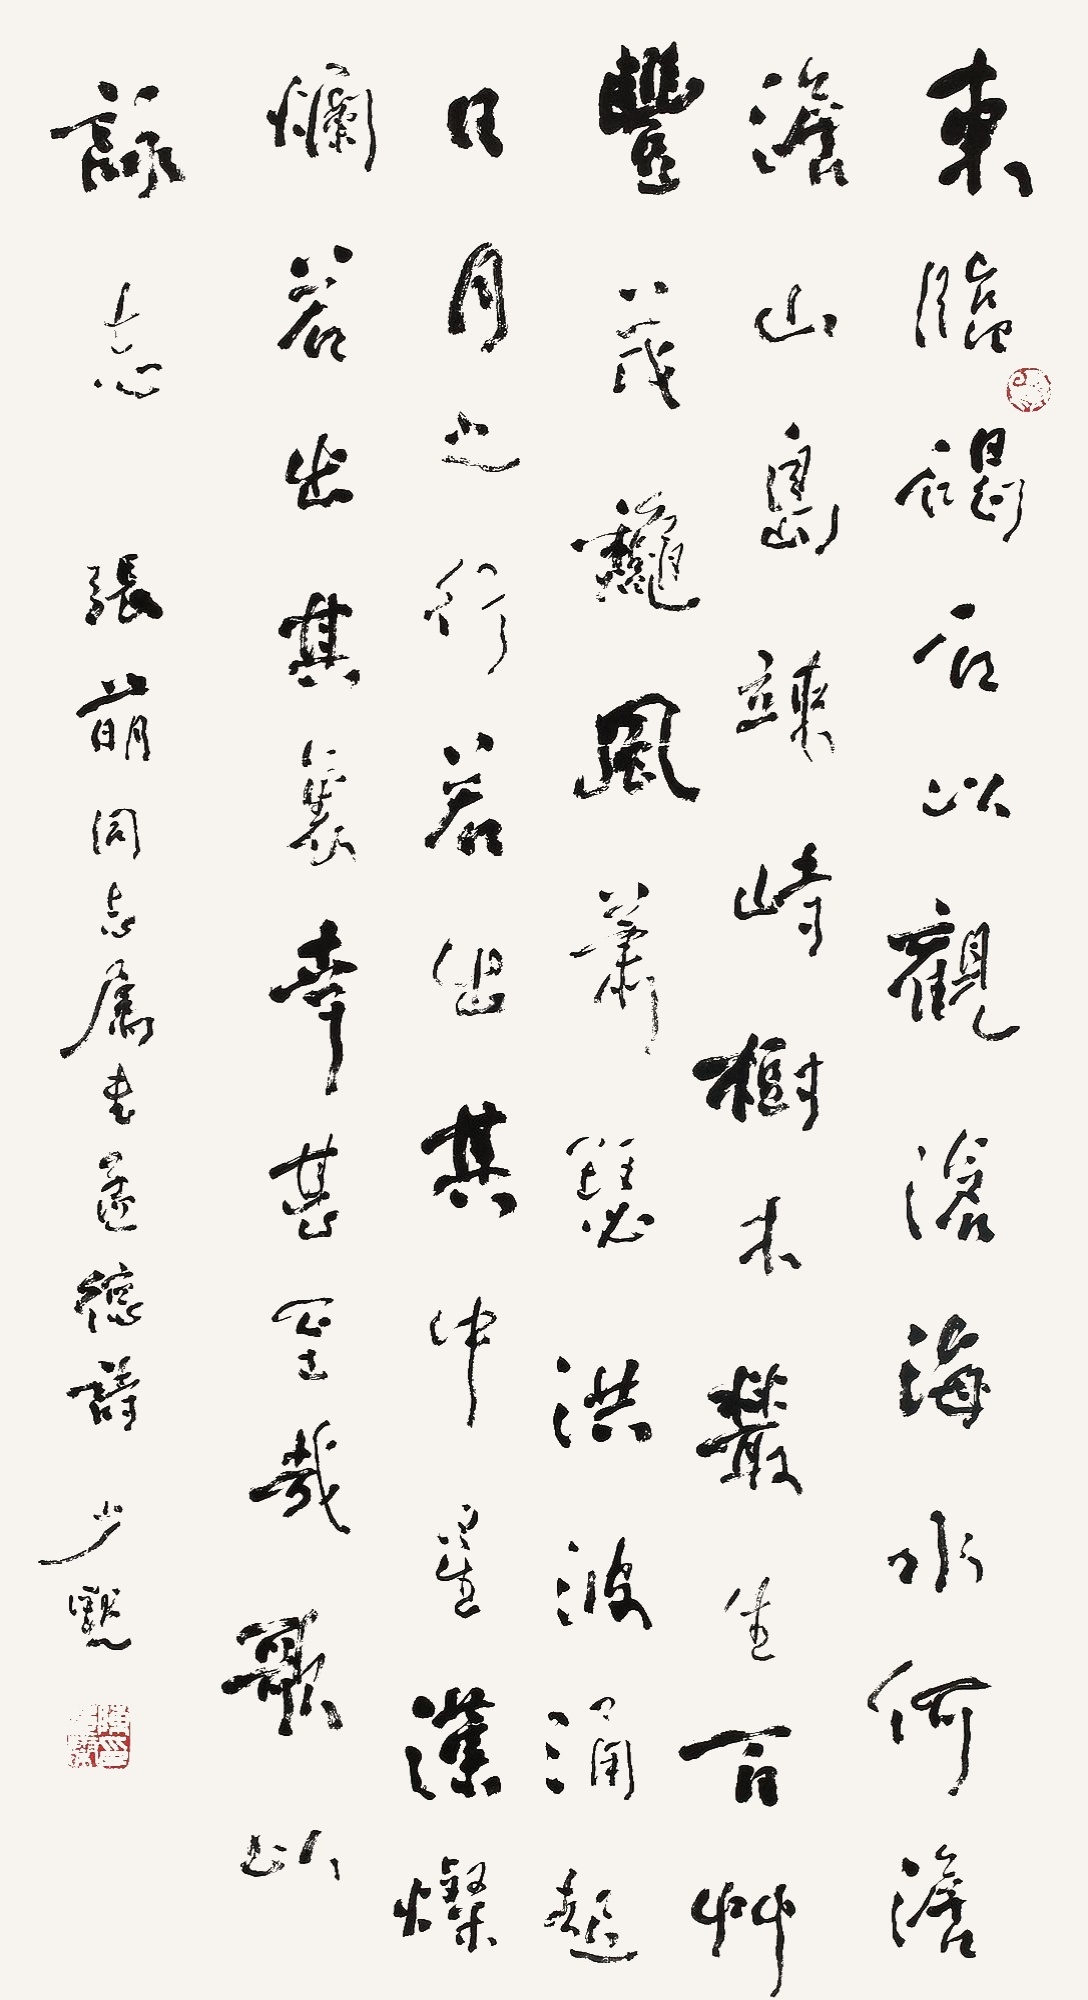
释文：东临碣石，以观沧海。水何澹澹，山岛竦峙。树木丛生，百草丰茂。秋风萧瑟，洪波涌起。日月之行，若出其中。星汉灿烂，若出其里。幸甚至哉，歌以咏志。张萌同志属书孟德诗，少默。